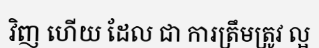
វិញ ហើយ ដែល ជា ការត្រឹមត្រូវ ល្អ